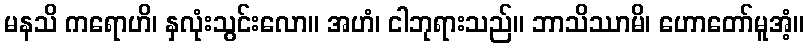
မနသိ ကရောဟိ၊ နှလုံးသွင်းလော။ အဟံ၊ ငါဘုရားသည်။ ဘာသိဿာမိ၊ ဟောတော်မူအံ့။